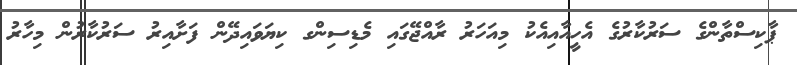
ޕާކިސްތާންގެ ސަރުކާރުގެ އެހީއާއިއެކު މިއަހަރު ރާއްޖޭގައި މެޑިސިންގ ކިޔަވައިދޭން ފަށާއިރު ސަރުކާރުން މިހާރު